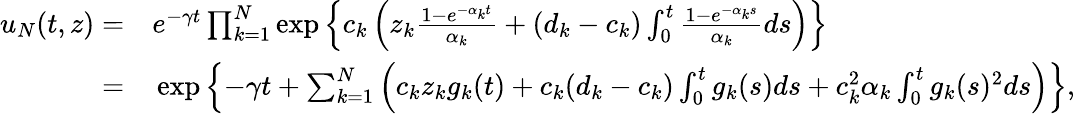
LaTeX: \begin{array}{rl}{u_{N}(t,z)=}&{{}e^{-\gamma t}\prod_{k=1}^{N}\exp\left\{ c_{k}\left(z_{k}\frac{1-e^{-\alpha_{k}t}}{\alpha_{k}}+(d_{k}-c_{k})\int_{0}^{t}\frac{1-e^{-\alpha_{k}s}}{\alpha_{k}}ds\right)\right\} }\\ {=}&{{}\exp\left\{ -\gamma t+\sum_{k=1}^{N}\left(c_{k}z_{k}g_{k}(t)+c_{k}(d_{k}-c_{k})\int_{0}^{t}g_{k}(s)ds+c_{k}^{2}\alpha_{k}\int_{0}^{t}g_{k}(s)^{2}ds\right)\right\} ,}\end{array}